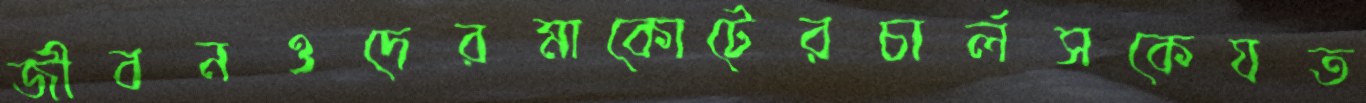
জীবনওদেরমাকোটেরচার্লসকেযত